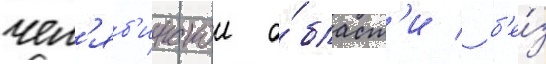
чел'яб'инскои о́бласт'и / б'е́з